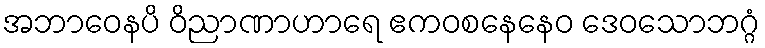
အဘာဝေနပိ ဝိညာဏာဟာရေ ဧကဝစနေနေဝ ဒေဝသောဘဂ္ဂံ